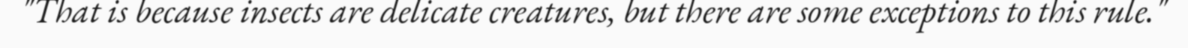
"That is because insects are delicate creatures, but there are some exceptions to this rule."